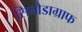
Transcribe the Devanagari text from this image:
सिनौडाग्राफ